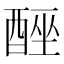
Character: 𮠮